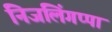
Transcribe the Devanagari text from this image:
निजलिंगप्पा